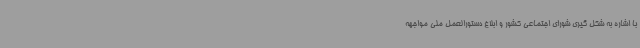
با اشاره به شکل گیری شورای اجتماعی کشور و ابلاغ دستورالعمل ملی مواجهه